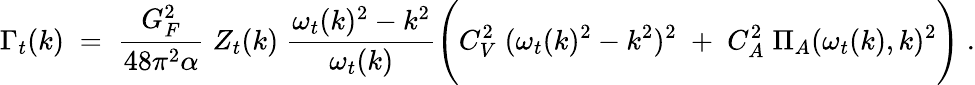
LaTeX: {\Gamma_{t}(k)\; =\; {\frac{G_{F}^{2}}{48\pi^{2}\alpha}}\; Z_{t}(k)\; {\frac{\omega_{t}(k)^{2}-k^{2}}{\omega_{t}(k)}}\Bigg(C_{V}^{2}\; (\omega_{t}(k)^{2}-k^{2})^{2}\; +\; C_{A}^{2}\; \Pi_{A}(\omega_{t}(k),k)^{2}\Bigg)\; .}